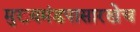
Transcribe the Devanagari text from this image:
मुख्यमंडपासारखेच